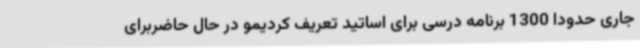
جاری حدودا 1300 برنامه درسی برای اساتید تعریف کردیمو در حال حاضربرای